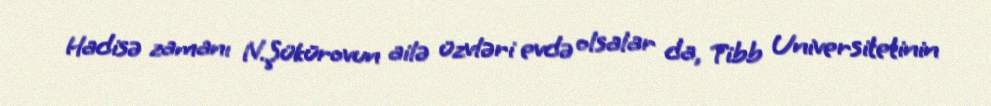
Hadisə zamanı N.Şükürovun ailə üzvləri evdə olsalar da, Tibb Universitetinin